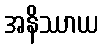
အနိဿာယ